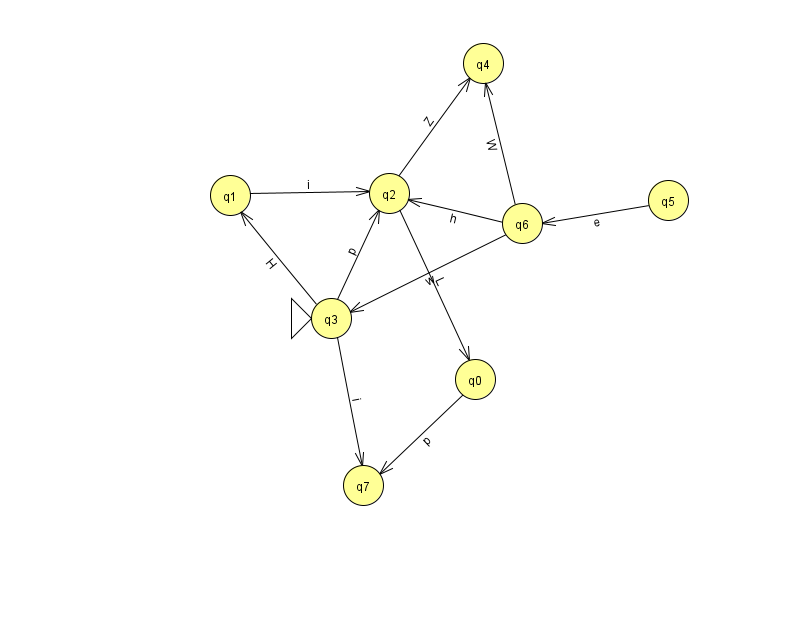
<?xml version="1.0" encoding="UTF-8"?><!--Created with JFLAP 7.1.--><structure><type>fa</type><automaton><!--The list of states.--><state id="0" name="q0"><x>475.0</x><y>366.0</y></state><state id="1" name="q1"><x>230.0</x><y>182.0</y></state><state id="2" name="q2"><x>389.0</x><y>180.0</y></state><state id="3" name="q3"><x>331.0</x><y>305.0</y><initial/></state><state id="4" name="q4"><x>483.0</x><y>50.0</y></state><state id="5" name="q5"><x>668.0</x><y>187.0</y></state><state id="6" name="q6"><x>522.0</x><y>210.0</y></state><state id="7" name="q7"><x>363.0</x><y>472.0</y></state><!--The list of transitions.--><transition><from>6</from><to>3</to><read>w</read></transition><transition><from>6</from><to>4</to><read>W</read></transition><transition><from>3</from><to>2</to><read>p</read></transition><transition><from>2</from><to>0</to><read>L</read></transition><transition><from>2</from><to>4</to><read>Z</read></transition><transition><from>5</from><to>6</to><read>e</read></transition><transition><from>1</from><to>2</to><read>i</read></transition><transition><from>3</from><to>1</to><read>H</read></transition><transition><from>3</from><to>7</to><read>i</read></transition><transition><from>6</from><to>2</to><read>h</read></transition><transition><from>0</from><to>7</to><read>p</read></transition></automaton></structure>